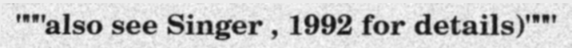
"""also see Singer , 1992 for details)"""